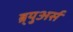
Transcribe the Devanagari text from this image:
ब्र्युअर्स